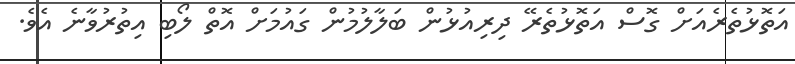
އަތޮޅުތެރެއަށް ގޮސް އަތޮޅުތެރޭ ދިރިއުޅުން ބަލާލުމުން ގައުމަށް އޮތް ލޯބި އިތުރުވާނެ އެވެ.